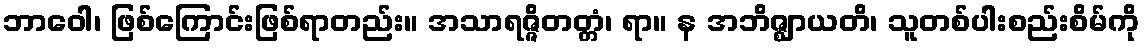
ဘာဝေါ၊ ဖြစ်ကြောင်းဖြစ်ရာတည်း။ အသာရဇ္ဇိတတ္တံ၊ ရာ။ န အဘိဇ္ဈာယတိ၊ သူတစ်ပါးစည်းစိမ်ကို